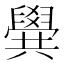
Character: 𠔹